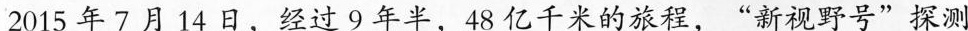
2015年7月14日，经过9年半，48亿千米的旅程，“新视野号”探测